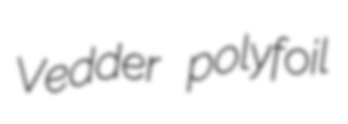
Vedder polyfoil